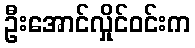
ဦးအောင်လှိုင်ဝင်းက